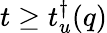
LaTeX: t\geq t_{u}^{\dagger}(q)